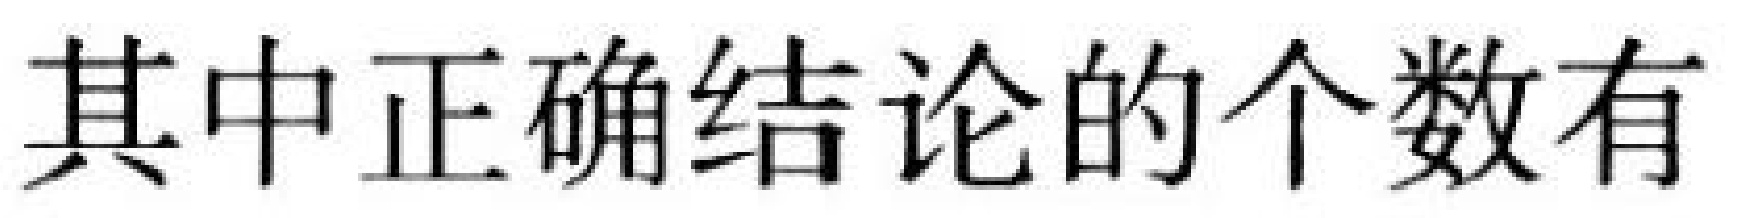
其中正确结论的个数有